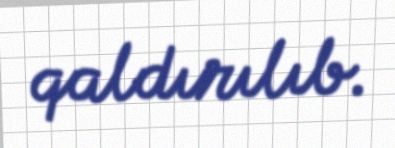
qaldırılıb.